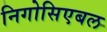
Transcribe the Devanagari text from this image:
निगोसिएबल